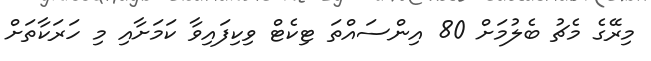
މިރޭގެ މެޗު ބެލުމަށް 80 އިންސައްތަ ޓިކެޓް ވިކިފައިވާ ކަމަށާއި މި ހަރަކާތަށް